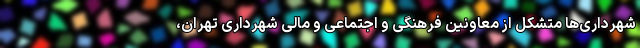
شهرداری‌ها متشکل از معاونین فرهنگی و اجتماعی و مالی شهرداری تهران،